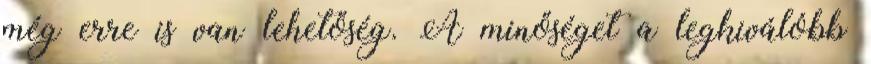
még erre is van lehetőség. A minőséget a legkiválóbb